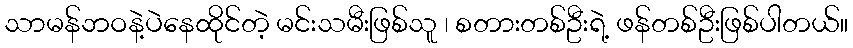
သာမန်ဘဝနဲ့ပဲနေထိုင်တဲ့ မင်းသမီးဖြစ်သူ ၊ စတားတစ်ဦးရဲ့ ဖန်တစ်ဦးဖြစ်ပါတယ်။